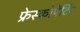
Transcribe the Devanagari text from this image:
फ्रेस्कोपेंटिंग